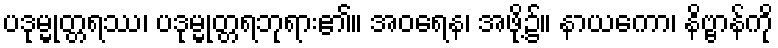
ပဒုမ္မုတ္တရဿ၊ ပဒုမ္မုတ္တရဘုရား၏။ အဝရေန၊ အဖို့၌။ နာယကော၊ နိဗ္ဗာန်ကို